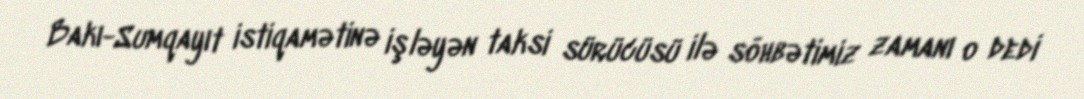
Bakı-Sumqayıt istiqamətinə işləyən taksi sürücüsü ilə söhbətimiz zamanı o dedi